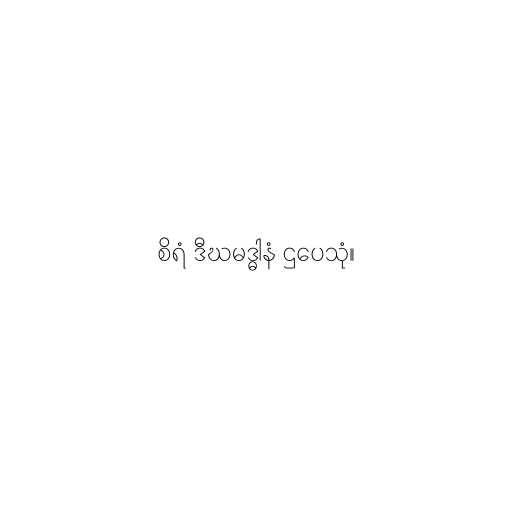
စိရံ ဒီဃမဒ္ဓါနံ ဌပေသုံ။